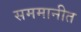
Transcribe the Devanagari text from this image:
सममानीत